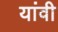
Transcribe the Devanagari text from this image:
यांवी